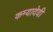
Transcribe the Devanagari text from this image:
कम्यादेवी